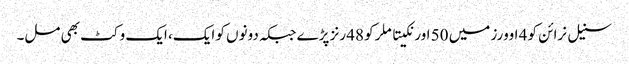
سنیل نرائن کو 4 اوورز میں 50 اور نکیتا ملر کو 48 رنز پڑے جبکہ دونوں کو ایک، ایک وکٹ بھی مل۔